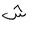
Letter: _shin